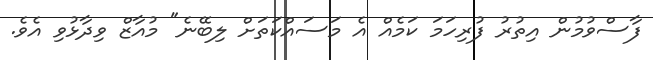
ފާސްވުމުން އިތުރު ފުރިހަމަ ކަމެއް އެ މަސައްކަތަށް ލިބޭނެ" މުއާޒް ވިދާޅުވި އެވެ.